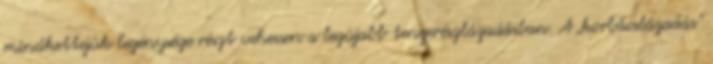
mindkettejük legénysége részt vehessen a legújabb tengerészlázadásban. A „korbácslázadás”